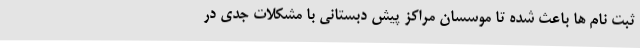
ثبت نام ها باعث شده تا موسسان مراکز پیش دبستانی با مشکلات جدی در